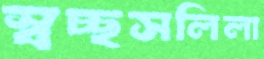
স্বচ্ছসলিলা